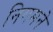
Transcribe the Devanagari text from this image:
निगमने